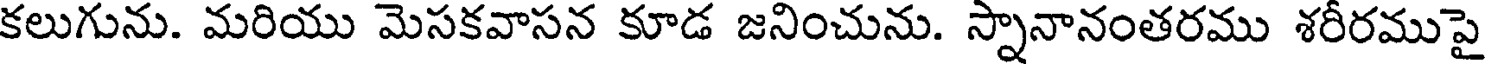
కలుగును. మరియు మెసకవాసన కూడ జనించును. స్నానానంతరము శరీరముపై